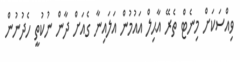
ވިއްސަކަށް މިނެޓް ތެރޭ އާޙިލް އައުމުން އަލައިނާ ގެއަށް ދާން ނުކުތީ ހެދުނުން